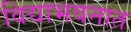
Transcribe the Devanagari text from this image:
विद्याभवनात